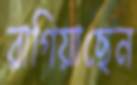
রাগিয়াছেন